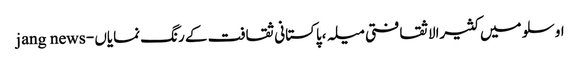
اوسلو میں کثیرالاثقافتی میلہ ،پاکستانی ثقافت کے رنگ نمایاں - jang news